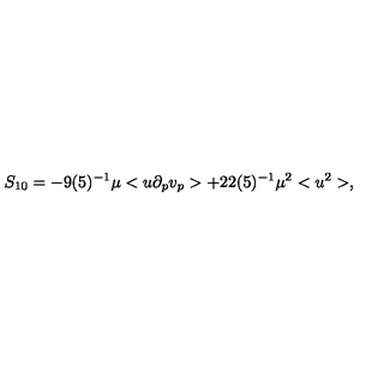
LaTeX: S _ { 1 0 } = - 9 ( 5 ) ^ { - 1 } \mu < u \partial _ { p } v _ { p } > + 2 2 ( 5 ) ^ { - 1 } \mu ^ { 2 } < u ^ { 2 } > ,